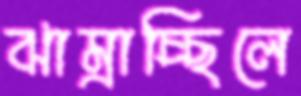
ঝাম্‌রাচ্ছিলে